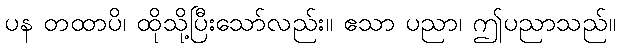
ပန တထာပိ၊ ထိုသို့ပြီးသော်လည်း။ ဧသာ ပညာ၊ ဤပညာသည်။